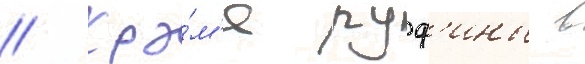
// Кро́м'е руф'ины в